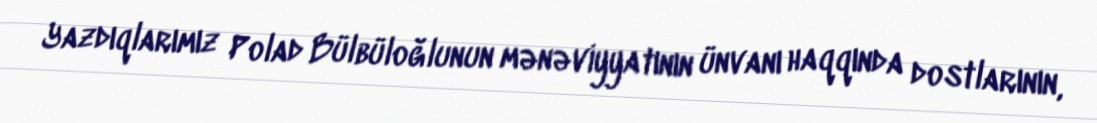
Yazdıqlarımız Polad Bülbüloğlunun mənəviyyatının ünvanı haqqında dostlarının,